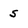
Character: s